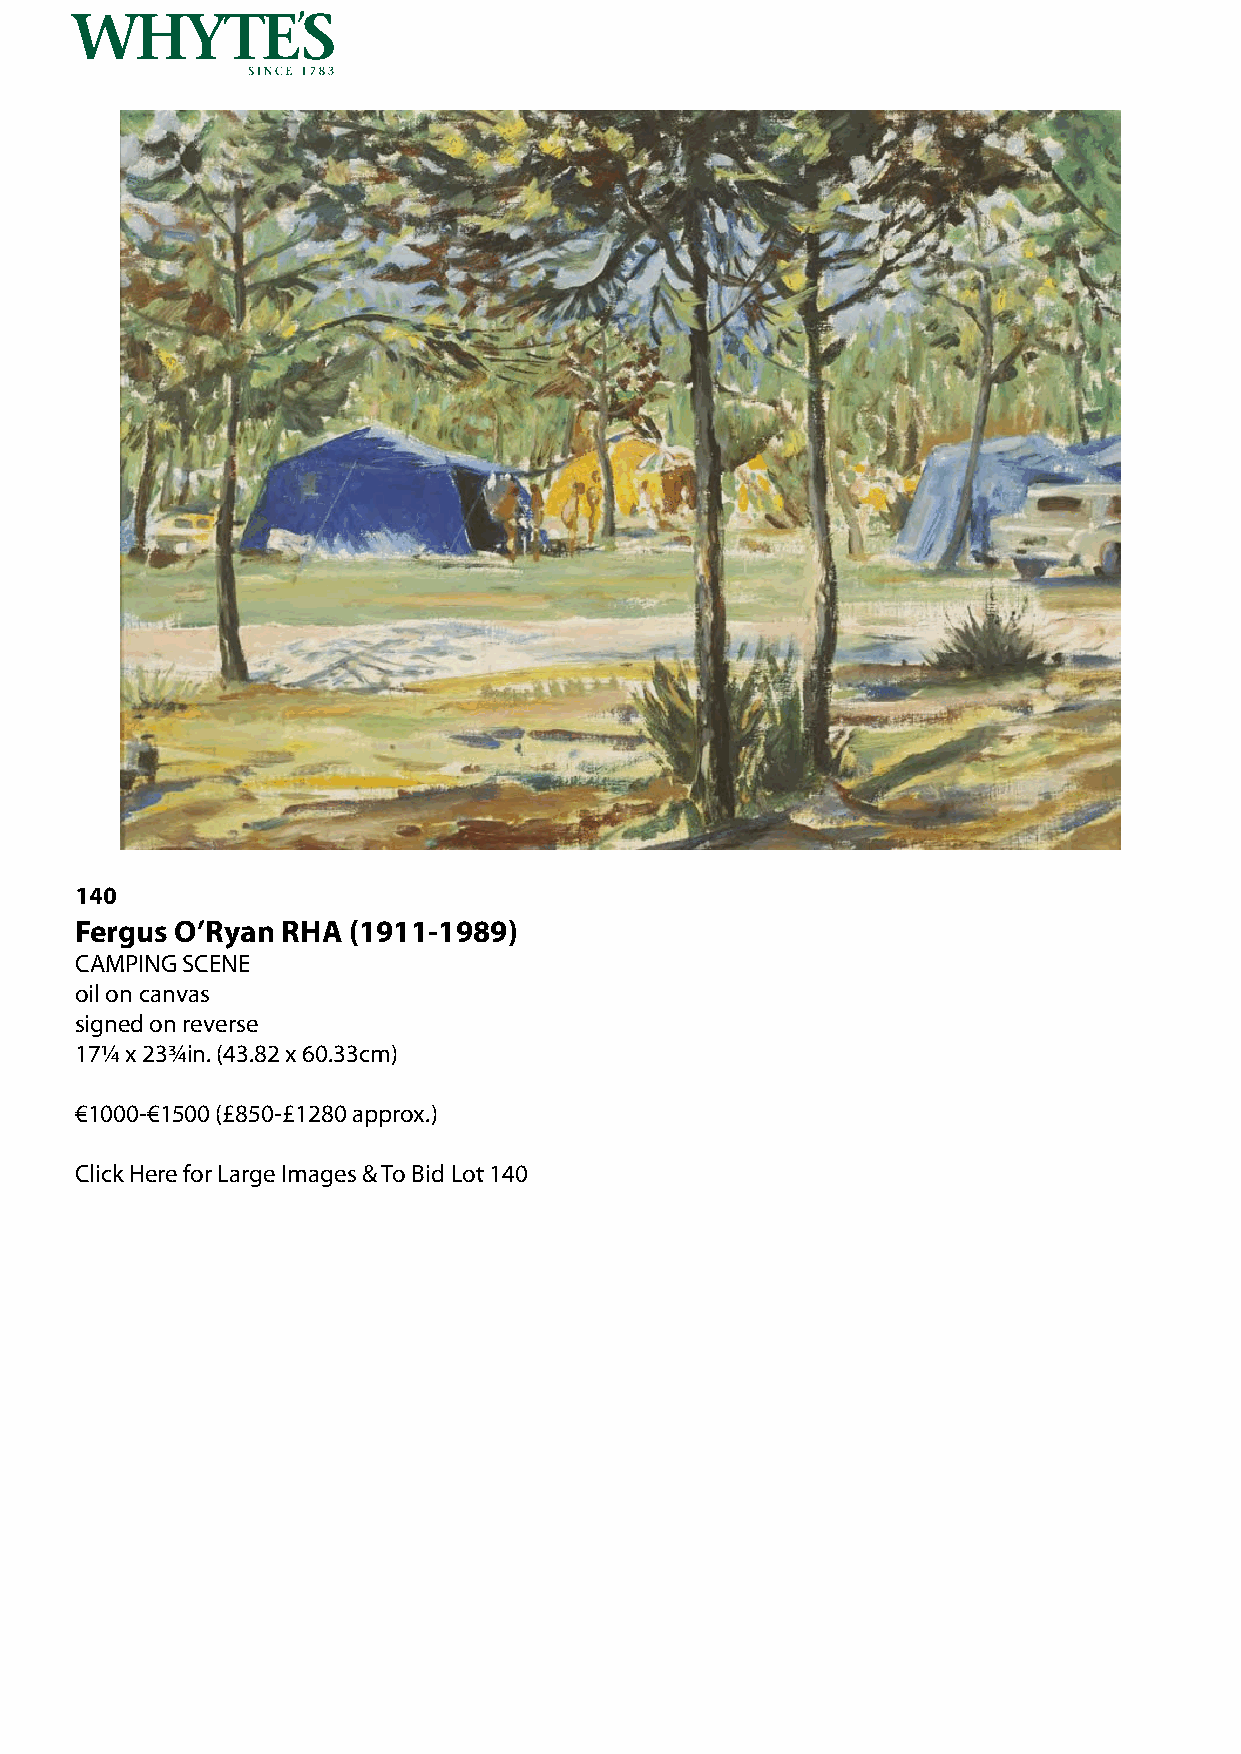
140
 Fergus O’Ryan RHA (1911-1989)
 CAMPING SCENE
 oil on canvas
 signed on reverse
 17¼ x 23¾in. (43.82 x 60.33cm)
 €1000-€1500 (£850-£1280 approx.)
 Click Here for Large Images & To Bid Lot 140